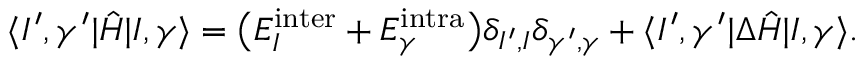
\langle I ^ { \prime } , \gamma ^ { \prime } | \hat { H } | I , \gamma \rangle = \big ( E _ { I } ^ { \mathrm { i n t e r } } + E _ { \gamma } ^ { \mathrm { i n t r a } } \big ) \delta _ { I ^ { \prime } , I } \delta _ { \gamma ^ { \prime } , \gamma } + \langle I ^ { \prime } , \gamma ^ { \prime } | \Delta \hat { H } | I , \gamma \rangle .